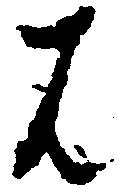
は